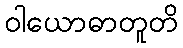
ဝါယောဓာတူတိ